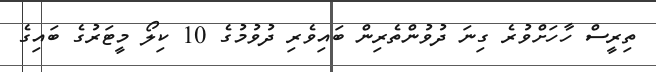
ތިރީސް ހާހަށްވުރެ ގިނަ ދުވުންތެރިން ބައިވެރި ދުވުމުގެ 10 ކިލޯ މީޓަރުގެ ބައިގެ